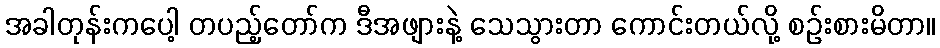
အခါတုန်းကပေါ့ တပည့်တော်က ဒီအဖျားနဲ့ သေသွားတာ ကောင်းတယ်လို့ စဉ်းစားမိတာ။